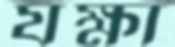
যক্ষা